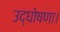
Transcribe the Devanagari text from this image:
उद्घोषणा।